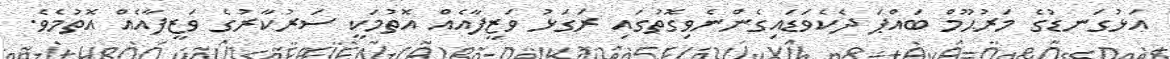
އަޅުގަނޑުގެ މަރުޙޫމް ބައްޕަ ދެކެވަޑައިގެންނެވިގޮތުގައި ރަގަޅު ވަޒީފާއެއް އޮތުމަކީ ސަރުކާރުގެ ވަޒީފާއެއް އޮތުމެވެ.